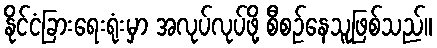
နိုင်ငံခြားရေးရုံးမှာ အလုပ်လုပ်ဖို့ စီစဉ်နေသူဖြစ်သည်။